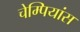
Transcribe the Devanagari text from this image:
चेम्पियांस